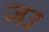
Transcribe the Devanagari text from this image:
जउ